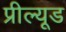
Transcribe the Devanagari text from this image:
प्रील्यूड